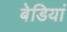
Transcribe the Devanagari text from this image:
बेडियां